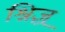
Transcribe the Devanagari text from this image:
श्निज़्र